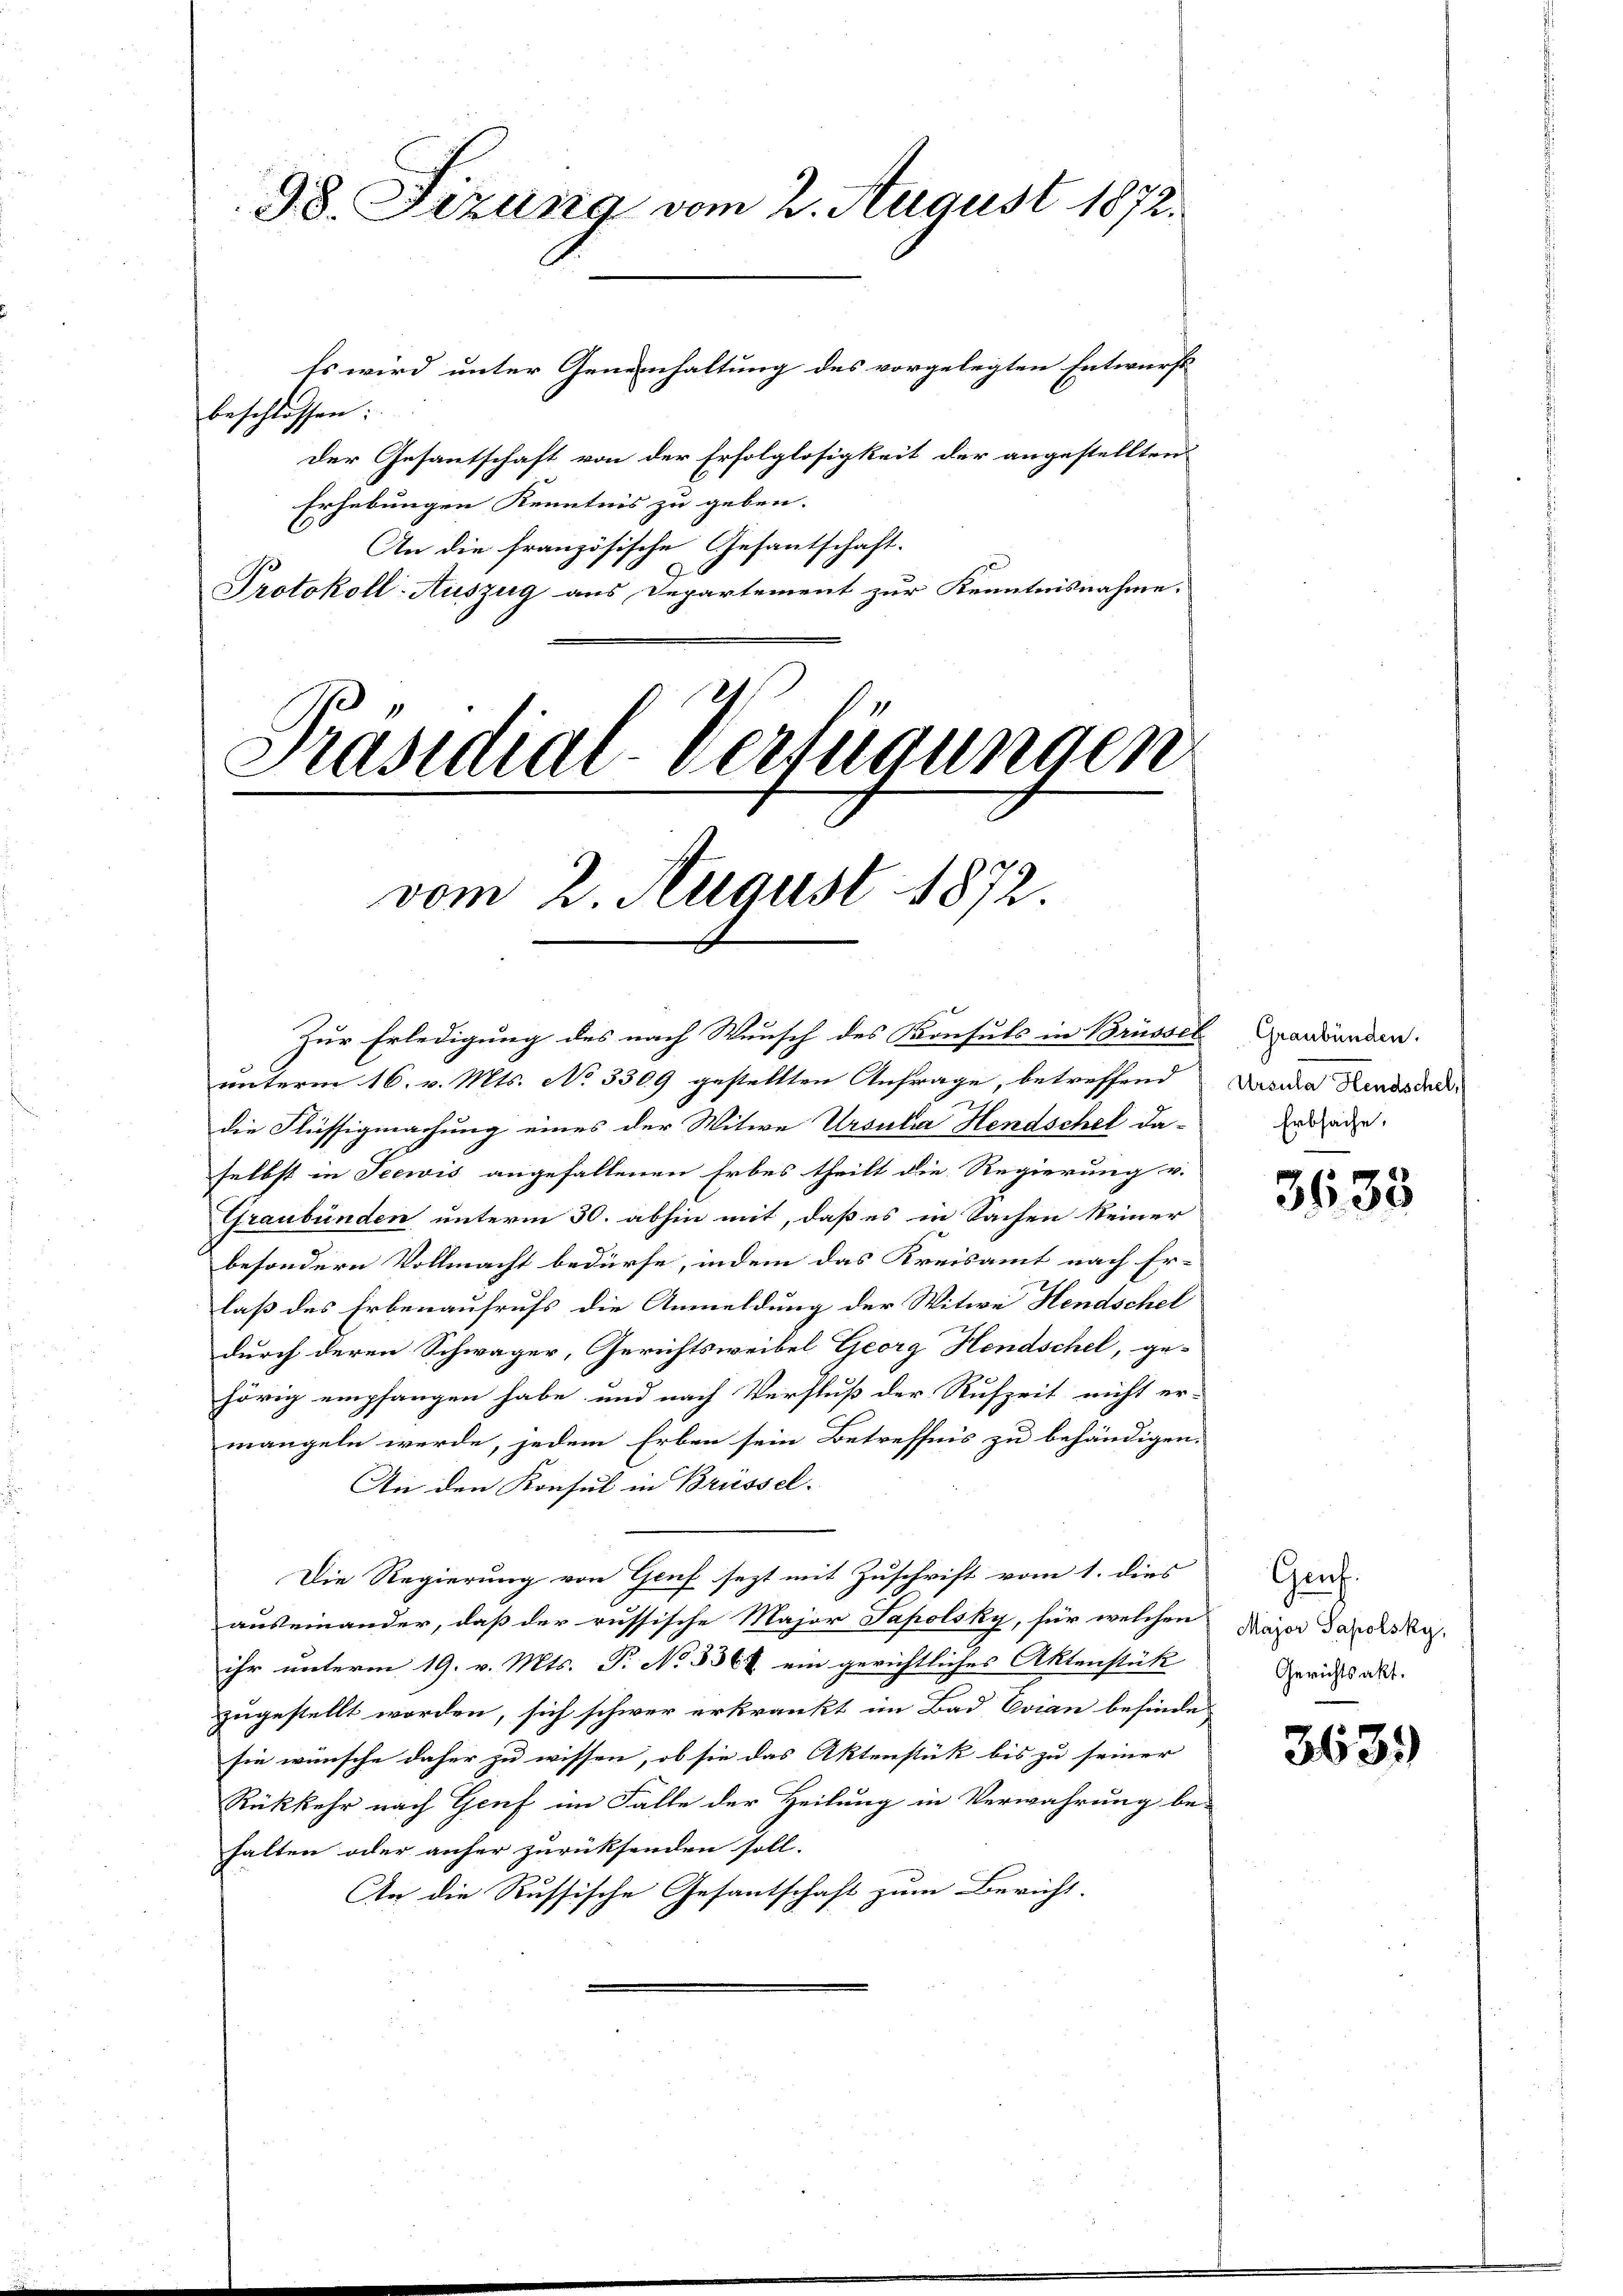
38. Sizung vom 2. August 1872.

Es wird unter Geneinhaltung des vorgelegten Entwurft
beschlossen:
der Gesantschaft von der Erfolglosigkeit der angestellten
Erhebungen Kenntnis zu geben.
An die französische Gesantschaft.
9
Protokoll-Auszug aus Departement zur Kenntnisnahme.
Präsidial-Verfügungen

vom 2. August 1872.

Zur Erledigung des nach Wunsch des Konsuls in Brüssel werdenden.
unterm 16. v. Mts. No 3309 gestellten Anfrage, betreffend
die Flüssigmachung eines der Witwe Ursula Hendschel da-
selbst in Seewis angefallenen Erbes theilt die Regierung v.
Graubünden unterm 30. abhin mit, daß es in Sachen keiner
besondere Vollmacht bedürfe, indem das Kreisamt nach Er-
laß des Erbenaufrufs die Anmeldung der Witwe Hendschel
durch deren Schwager, Gerichtsweibel Georg Hendschel, ge-
hörig empfangen habe, und nach Verfluß der Rufzeit nicht er-
mangeln werde, jedem Erben sein Betreffnis zu behändigen.
An den Konsul in Brüssel.
Die Regierung von Genf sezt mit Zuschrift vom 1. dies
auseinander, daß der russische Major Japolsky, für welchen
ihr unterm 19. v. Mts. P. No 3364 ein gerichtliches Aktenstük |
zugestellt worden, sich schwer erkränkt im Bad Coran befinde
sie wünsche daher zu wissen, ob sie das Aktenstük bis zu seiner |
Rükkehr nach Genf im Falle der Heilung in Verwahrung behalten oder anher zurücksenden soll.
An die Russische Gesantschaft zum Bericht.

Ursula Hendschel,
Erbsache.

3633

Genf.
Major Sapolsky,
Gerichtsakt.

3639)